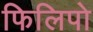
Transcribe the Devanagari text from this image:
फिलिपो